Vaccination in Bombay 1856-1862 - 1856-1862
Year: 1856
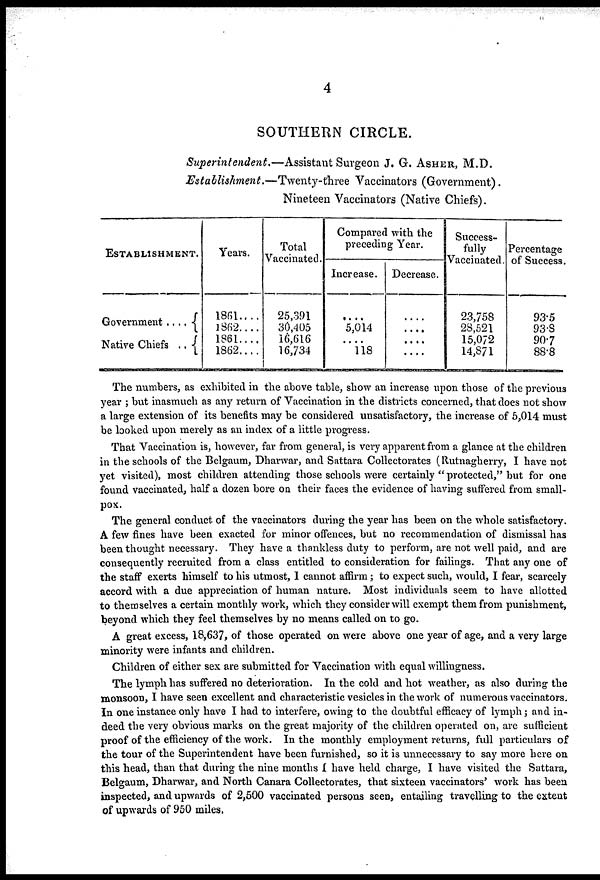
4
SOUTHERN CIRCLE.
Superintendent.—Assistant
Surgeon J. G. ASHER, M.D.
Establishment.—Twenty-three
Vaccinators (Government).
Nineteen Vaccinators (Native Chiefs).
ESTABLISHMENT.
Government ....
Native Chiefs ..
Years.
1861....
1862....
1861....
1862....
Total
Vaccinated.
25,391
30,405
16,616
16,734
Compared with the
preceding Year.
Increase.
....
5,014
....
118
Decrease.
....
....
....
....
Success¬
fully
Vaccinated.
23,758
28,521
15,072
14,871
Percentage
of Success.
93.5
93.8
90.7
88.8
The numbers, as exhibited in the above table, show an increase upon those of the previous
year ; but inasmuch as any return of Vaccination in the districts concerned, that does not show
a large extension of its benefits may be considered unsatisfactory, the increase of 5,014 must
be looked upon merely as an index of a little progress.
That Vaccination is, however, far from general, is very apparent from a glance at the children
in the schools of the Belgaum, Dharwar, and Sattara Collectorates (Rutnagherry, I have not
yet visited), most children attending those schools were certainly " protected," but for one
found vaccinated, half a dozen bore on their faces the evidence of having suffered from small-
pox.
The general conduct of the vaccinators during the year has been on the whole satisfactory.
A few fines have been exacted for minor offences, but no recommendation of dismissal has
been thought necessary. They have a thankless duty to perform, are not well paid, and are
consequently recruited from a class entitled to consideration for failings. That any one of
the staff exerts himself to his utmost, I cannot affirm; to expect such, would, I fear, scarcely
accord with a due appreciation of human nature. Most individuals seem to have allotted
to themselves a certain monthly work, which they consider will exempt them from punishment,
beyond which they feel themselves by no means called on to go.
A great excess, 18,637, of those operated on were above one year of age, and a very large
minority were infants and children.
Children of either sex are submitted for Vaccination with equal willingness.
The lymph has suffered no deterioration. In the cold and hot weather, as also during the
monsoon, I have seen excellent and characteristic vesicles in the work of numerous vaccinators.
In one instance only have I had to interfere, owing to the doubtful efficacy of lymph; and in-
deed the very obvious marks on the great majority of the children operated on, are sufficient
proof of the efficiency of the work. In the monthly employment returns, full particulars of
the tour of the Superintendent have been furnished, so it is unnecessary to say more here on
this head, than that during the nine months I have held charge, I have visited the Sattara,
Belgaum, Dharwar, and North Canara Collectorates, that sixteen vaccinators' work has been
inspected, and upwards of 2,500 vaccinated persons seen, entailing travelling to the extent
of upwards of 950 miles.